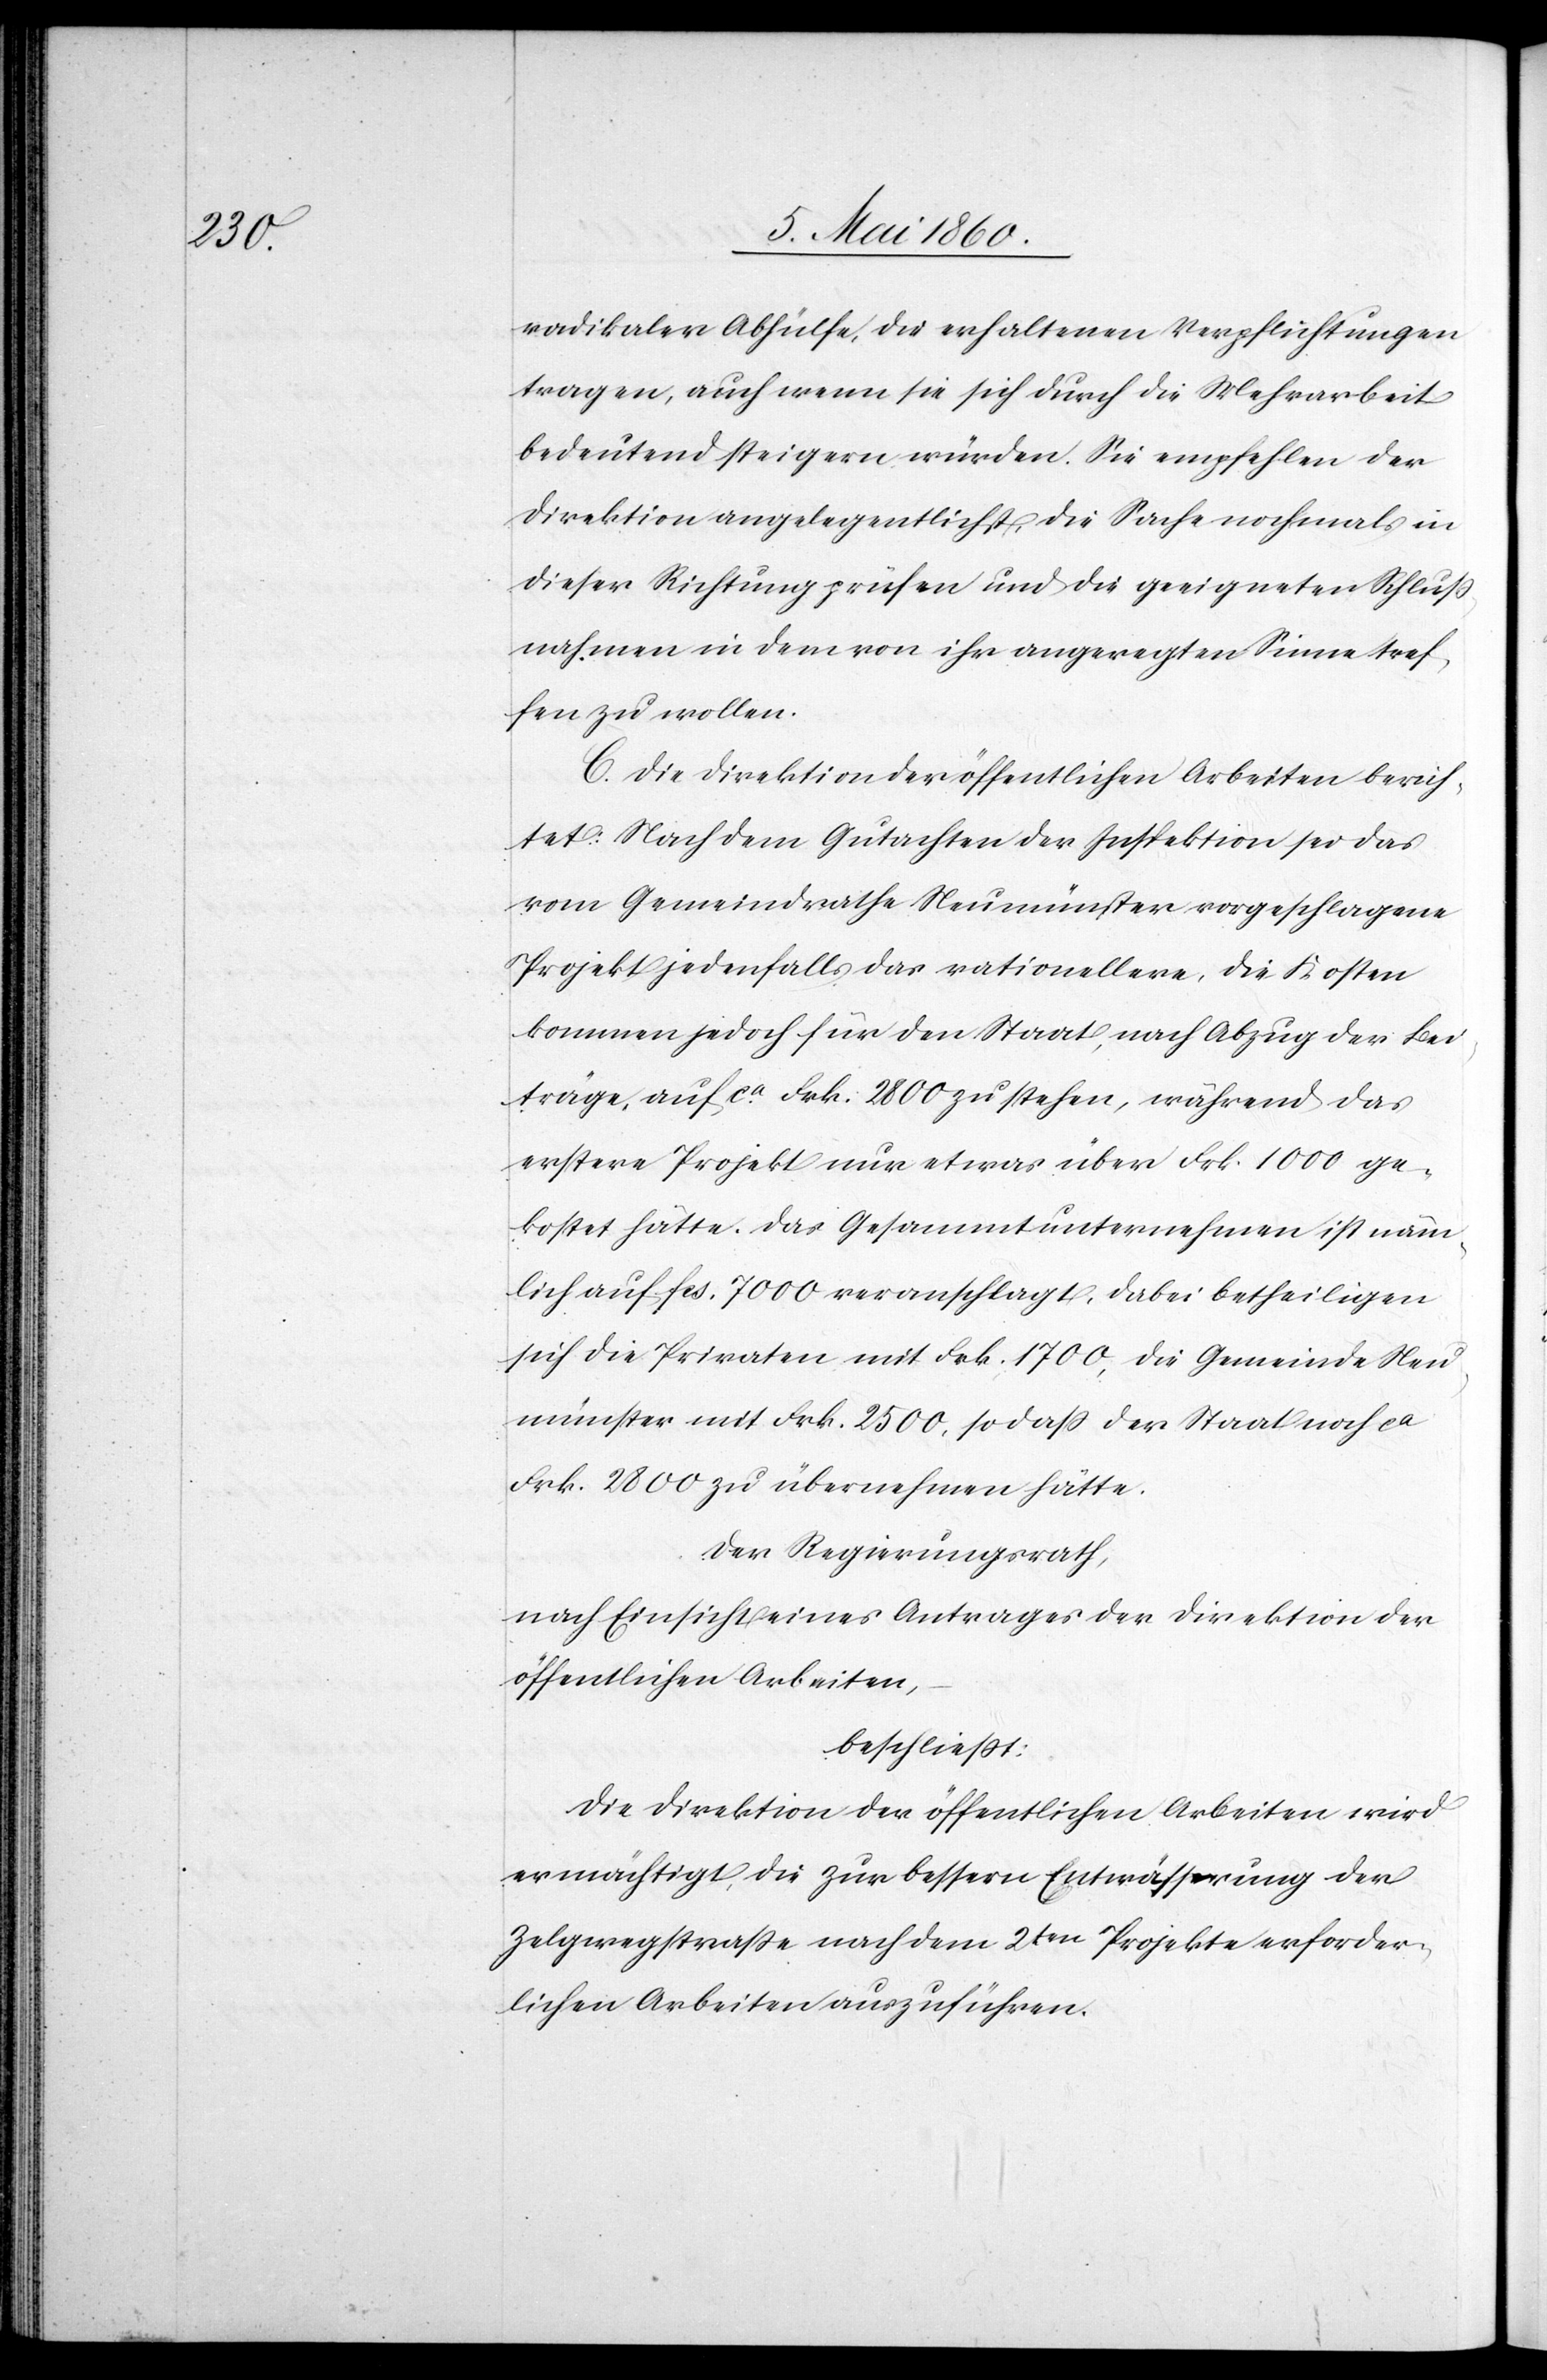
radikaler Abhülfe, die erhaltenen Verpflichtungen
tragen, auch wenn sie sich durch die Mehrarbeit
bedeutend steigern würden. Sie empfehlen der
Direktion angelegentlichst, die Sache nochmals in
dieser Richtung prüfen und die geeigneten Schluss¬
nahmen in dem von ihr angeregten Sinne tref¬
fen zu wollen.
C. Die Direktion der öffentlichen Arbeiten berich¬
tet: Nach dem Gutachten der Inspektion sei das
vom Gemeindrathe Neumünster vorgeschlagene
Projekt jedenfalls das rationellere, die Kosten
kommen jedoch für den Staat, nach Abzug der Bei¬
träge, auf ca Frk. 2800 zu stehen, während das
erstere Projekt nur etwas über Fkr. 100 ge¬
kostet hätte. Das Gesammtunternehmen ist näm¬
lich auf fcs. 7000 veranschlagt. Dabei betheiligen
sich die Privaten mit Frk. 1700, die Gemeinde Neu¬
münster mit Frk. 2500, so dass der Staat noch ca
Frk. 2800 zu übernehmen hätte.
Der Regierungsrath,
nach Einsicht eines Antrages der Direktion der
öffentlichen Arbeiten,
beschliesst:
Die Direktion der öffentlichen Arbeiten wird
ermächtigt, die zur bessern Entwässerung der
Zelgwegstrasse nach dem 2ten Projekte erforder¬
lichen Arbeiten auszuführen.